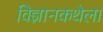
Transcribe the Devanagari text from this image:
विज्ञानकथेला